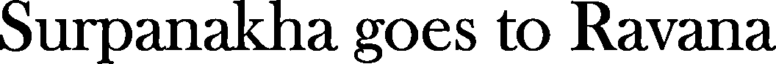
Surpanakha goes to Ravana